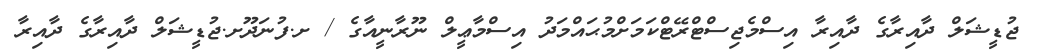
ޖުޑީޝަލް ދާއިރާގެ ދާއިރާ އިސްމެޖިސްޓްރޭޓްކަމަށްމުޙައްމަދު އިސްމާޢީލް ނޫރާނީއާގެ / ށ.ފުނަދޫށ.ޖުޑީޝަލް ދާއިރާގެ ދާއިރާ